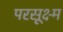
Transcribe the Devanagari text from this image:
परसूक्ष्म